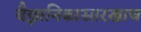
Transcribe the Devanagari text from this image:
वैज्ञानिकासारखाच